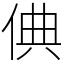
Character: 倎